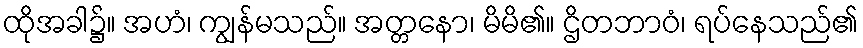
ထိုအခါ၌။ အဟံ၊ ကျွန်မသည်။ အတ္တနော၊ မိမိ၏။ ဌိတဘာဝံ၊ ရပ်နေသည်၏